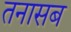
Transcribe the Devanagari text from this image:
तनासब